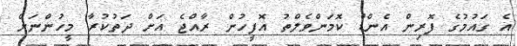
އެ ގައުމުގެ ފޮރިން އެންޑް ކޮމަންވެލްތު އޮފީހުން ރާއްޖެ އަށް ދަތުކުރާ މީހުންނަށް